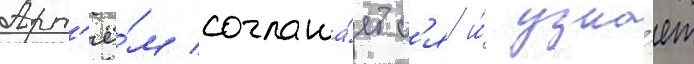
Арт'ё́м соглаша́етс'я и́ узна́ет